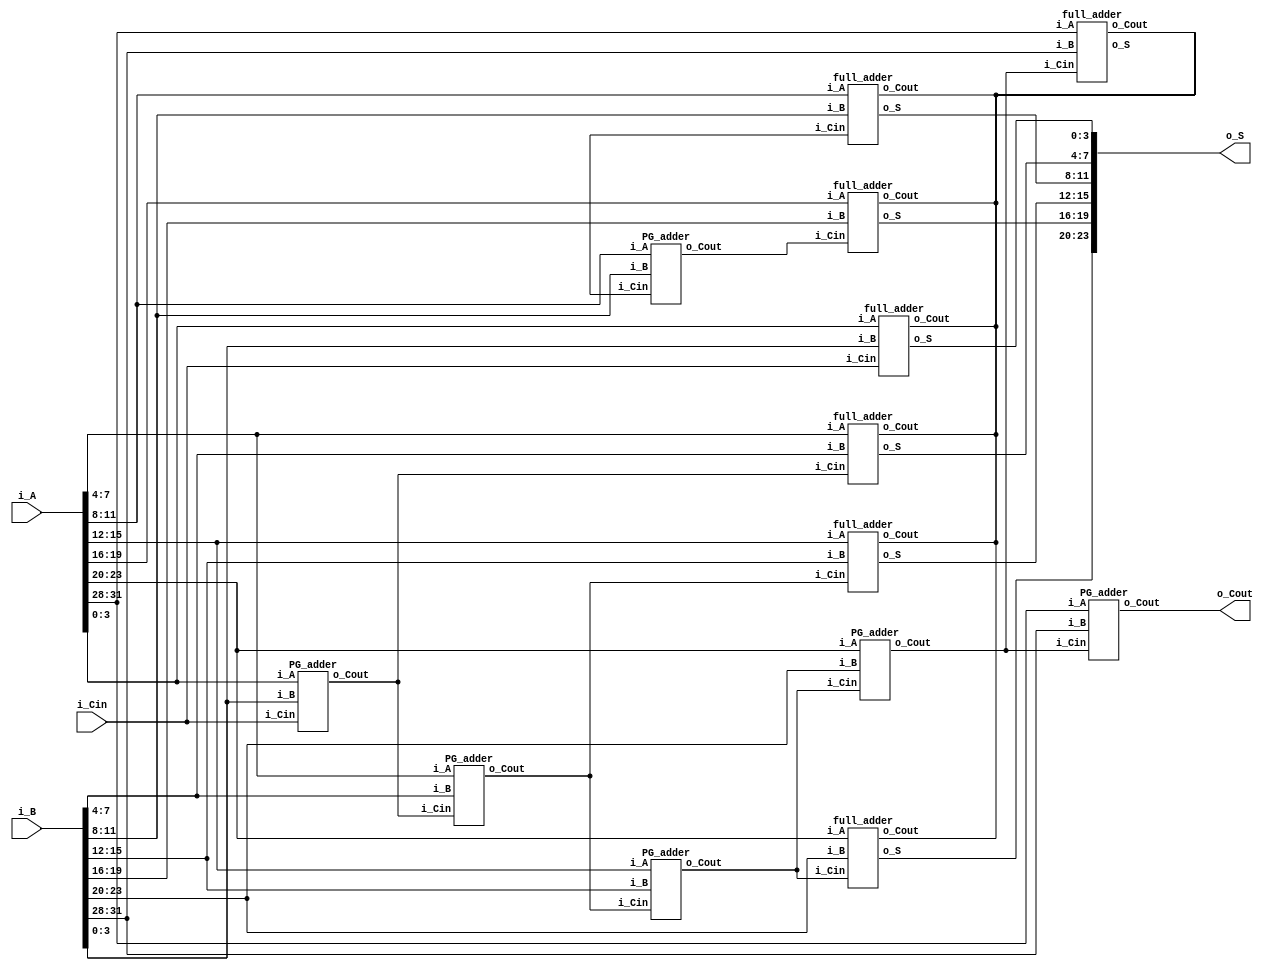

// ==================================================
//	[ ZARAM OJT. ]
//	* Author		: Seok Jin Son (sonsj98@zaram.com)
//	* Filename		: adder_cla.v
//	* Date			: 2024-07-01 11:35:51
//	* Description	:
// ==================================================

module adder_cla32
#(
	parameter	BW_DATA = 32
)
(
	output		[BW_DATA-1:0]		o_S,
	output							o_Cout,
	input		[BW_DATA-1:0]		i_A,
	input		[BW_DATA-1:0]		i_B,
	input							i_Cin
);
	
	wire		[BW_DATA/4 -2:0]	w_Cout; //3, 7, 11, 15, 19, 23, 27, (31=Cout)

	genvar i;
	
	generate
		for (i=1; i<BW_DATA/4 -2; i=i+1) begin
			full_adder
			u_full_adder(
			.o_S				(o_S[i*4+3:i*4]		),
			.o_Cout				(					),
			.i_A				(i_A[i*4+3:i*4]		),
			.i_B				(i_B[i*4+3:i*4]		),
			.i_Cin				(w_Cout[i-1]		)
			);

			PG_adder
			u_PG_adder(
			.o_Cout				(w_Cout[i+1]		),
			.i_A				(i_A[i*4+3:i*4]		),
			.i_B				(i_B[i*4+3:i*4]		),
			.i_Cin				(w_Cout[i-1]		)
			);
		end
	endgenerate



	full_adder
	u_full_adder_INIT(
	.o_S				(o_S[3:0]			),
	.o_Cout				(					),
	.i_A				(i_A[3:0]			),
	.i_B				(i_B[3:0]			),
	.i_Cin				(i_Cin				)
	);

	PG_adder
	u_PG_adder_INIT(
	.o_Cout				(w_Cout[0]			),
	.i_A				(i_A[3:0]			),
	.i_B				(i_B[3:0]			),
	.i_Cin				(i_Cin				)
	);


	full_adder
	u_full_adder_FINAL(
	.o_S				(o_S[31:28]			),
	.o_Cout				(					),
	.i_A				(i_A[31:28]			),
	.i_B				(i_B[31:28]			),
	.i_Cin				(w_Cout[6]			)
	);

	PG_adder
	u_PG_adder_FINAL(
	.o_Cout				(o_Cout				),
	.i_A				(i_A[31:28]			),
	.i_B				(i_B[31:28]			),
	.i_Cin				(w_Cout[6]			)
	);


endmodule


module full_adder
#(	
	parameter	BW_DATA	= 4
)
(	
	output		[BW_DATA-1:0]	o_S,
	output						o_Cout,
	input		[BW_DATA-1:0]	i_A,
	input		[BW_DATA-1:0]	i_B,
	input						i_Cin
);

	assign	{o_Cout, o_S} = i_A + i_B + i_Cin;

endmodule

module PG_adder
#(	
	parameter	BW_DATA	= 4
)
(
	output					o_Cout,
	input	[BW_DATA-1:0]	i_A,
	input	[BW_DATA-1:0]	i_B,
	input					i_Cin
);

	wire	[BW_DATA-1:0]	w_G;
	wire	[BW_DATA-1:0]	w_P;
	wire	[BW_DATA-2:0]	w_GN;
	wire					w_PN;

	genvar i, j;
	
	generate
		for (i=0; i<4; i=i+1) begin

			assign	w_G[i] = i_A[i] & i_B[i];
			assign	w_P[i] = i_A[i] ^ i_B[i];

		end
	endgenerate


	assign w_GN[0] = w_G[1] | (w_P[1] & w_G[1]);

	generate
	for (j=0; j<BW_DATA-2; j=j+1) begin

		assign w_GN[j+1] = w_G[j+1] | (w_P[j+1] & w_GN[j]);

	end
	endgenerate

	assign w_PN = & w_P ;
	assign o_Cout = w_GN[BW_DATA-2] | (w_PN & i_Cin);

//	assign w_GN = w_G[3] | (w_P[3] & (w_G[2] | (w_P[2] & (w_G[1] | (w_P[1] & w_G[0]))))); 
//	assign w_PN = w_P[0] & w_P[1] & w_P[2] & w_P[3];
//	assign o_Cout = w_GN | (w_PN & i_Cin);

endmodule